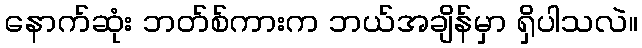
နောက်ဆုံး ဘတ်စ်ကားက ဘယ်အချိန်မှာ ရှိပါသလဲ။